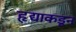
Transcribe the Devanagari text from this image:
हृद्याकडून